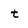
Character: t